Malaria in the Punjab - Number 46
Disease focus: Malaria
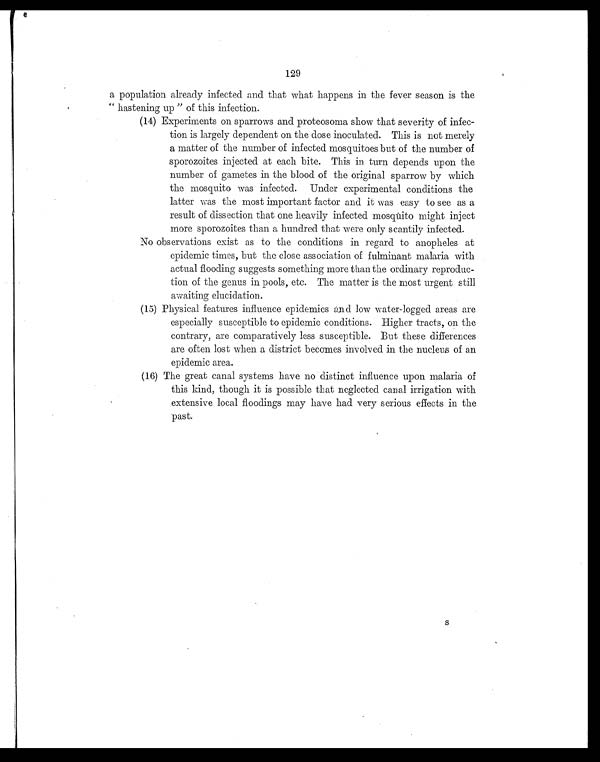
129
a population already infected and that what happens in the fever season is the
" hastening up " of this infection.
(14) Experiments on sparrows and proteosoma show that severity of infec-
tion is largely dependent on the dose inoculated. This is not merely
a matter of the number of infected mosquitoes but of the number of
sporozoites injected at each bite. This in turn depends upon the
number of gametes in the blood of the original sparrow by which
the mosquito was infected. Under experimental conditions the
latter was the most important factor and it was easy to see as a
result of dissection that one heavily infected mosquito might inject
more sporozoites than a hundred that were only scantily infected.
No observations exist as to the conditions in regard to anopheles at
epidemic times, but the close association of fulminant malaria with
actual flooding suggests something more than the ordinary reproduc-
tion of the genus in pools, etc. The matter is the most urgent still
awaiting elucidation.
( 1 5 ) P h y s i c a l f e a t u r e s i n f l u e n c e e p i d e m i c s a n d l o w w a t e r - l o g g e d a r e a s a r e
especially susceptible to epidemic conditions. Higher tracts, on the
contrary, are comparatively less susceptible. But these differences
are often lost when a district becomes involved in the nucleus of an
epidemic area.
( 1 6 ) T h e g r e a t c a n a l s y s t e m s h a v e n o d i s t i n c t i n f l u e n c e u p o n m a l a r i ao
f
this kind, though it is possible that neglected canal irrigation with
extensive local floodings may have had very serious effects in the
past.